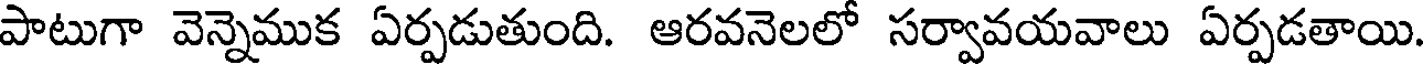
పాటుగా వెన్నెముక ఏర్పడుతుంది. ఆరవనెలలో సర్వావయవాలు ఏర్పడతాయి